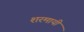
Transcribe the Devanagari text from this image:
शरमायी